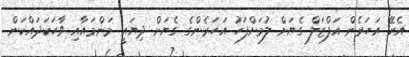
އެރޭ އަހަރެން އަފްޒަލް ގެޔަށް ލުމަށްފަހު އަހަރެންގެ ގެޔަށް ދިޔައީ މަންމައާއި ވާހަކަދައްކަން